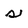
Character: s